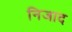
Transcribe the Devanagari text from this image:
निजाद